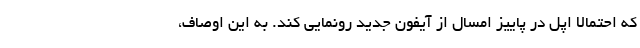
که احتمالا اپل در پاییز امسال از آیفون جدید رونمایی کند. به این اوصاف،